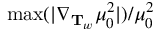
\operatorname* { m a x } ( | \nabla _ { \mathbf { T } _ { w } } \mu _ { 0 } ^ { 2 } | ) / \mu _ { 0 } ^ { 2 }